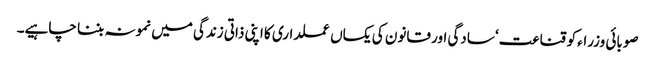
صوبائی وزراء کو قناعت‘ سادگی اور قانون کی یکساں عملداری کا اپنی ذاتی زندگی میں نمونہ بننا چاہیے۔